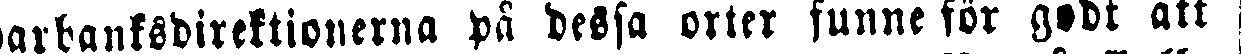
sparbanksdirektionerna på dessa orter funne för godt att